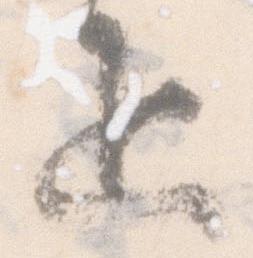
疋